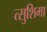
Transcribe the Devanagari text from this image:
त्सुशिमा